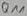
Text: Q11